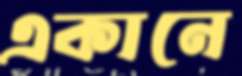
একানে